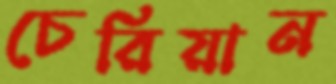
চেরিয়ান